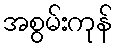
အစွမ်းကုန်